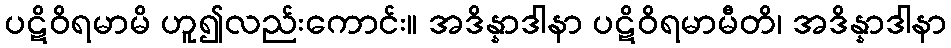
ပဋိဝိရမာမိ ဟူ၍လည်းကောင်း။ အဒိန္နာဒါနာ ပဋိဝိရမာမီတိ၊ အဒိန္နာဒါနာ